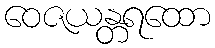
ဝေဇယန္တရထော